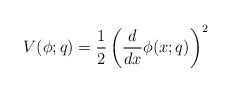
\begin{align*} V(\phi;q)=\frac 12\left(\frac{d}{dx}\phi(x;q)\right)^2\end{align*}